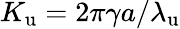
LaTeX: {K_{\mathrm{u}}}=2\pi\gamma a/{\lambda_{\mathrm{u}}}